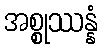
အစ္စုဿန္နံ